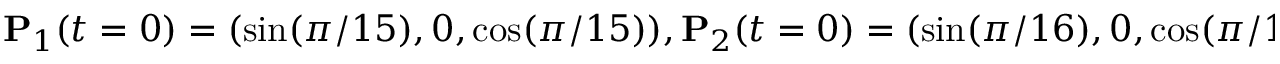
\mathbf P _ { 1 } ( t = 0 ) = ( \sin ( \pi / 1 5 ) , 0 , \cos ( \pi / 1 5 ) ) , \mathbf P _ { 2 } ( t = 0 ) = ( \sin ( \pi / 1 6 ) , 0 , \cos ( \pi / 1 6 ) )